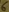
Text: 6